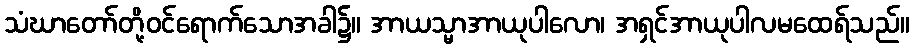
သံဃာတော်တို့ဝင်ရောက်သောအခါ၌။ အာယသ္မာအာယုပါလော၊ အရှင်အာယုပါလမထေရ်သည်။